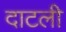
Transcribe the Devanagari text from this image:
दाटली